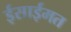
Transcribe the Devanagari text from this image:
ईसाईमत